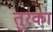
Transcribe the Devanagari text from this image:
तुरका